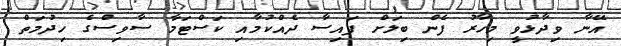
އޭނާ ވިދާޅުވީ މިހާރު ފެން ބިލަށް ފައިސާ ދެއްކުމާއި ކަސްޓަމާ ސާވިސްގެ ހިދުމަތް